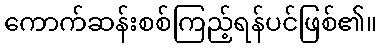
ကောက်ဆန်းစစ်ကြည့်ရန်ပင်ဖြစ်၏။